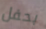
بحفل